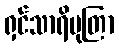
ရှင်သာရိပုတြာ